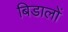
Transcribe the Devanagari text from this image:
बिडालों